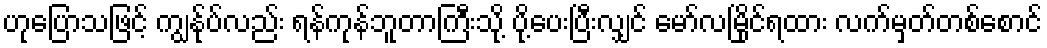
ဟုပြောသဖြင့် ကျွန်ုပ်လည်း ရန်ကုန်ဘူတာကြီးသို့ ပို့ပေးပြီးလျှင် မော်လမြိုင်ရထား လက်မှတ်တစ်စောင်